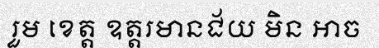
រួម ខេត្ត ឧត្តរមានជ័យ មិន អាច